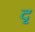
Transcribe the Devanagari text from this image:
दृ